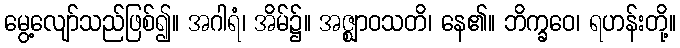
မွေ့လျော်သည်ဖြစ်၍။ အဂါရံ၊ အိမ်၌။ အဇ္ဈာဝသတိ၊ နေ၏။ ဘိက္ခဝေ၊ ရဟန်းတို့။